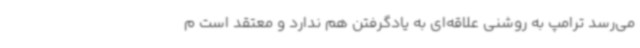
می‌رسد ترامپ به روشنی علاقه‌ای به یادگرفتن هم ندارد و معتقد است م